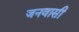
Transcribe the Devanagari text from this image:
जनवासी